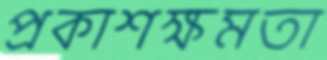
প্রকাশক্ষমতা